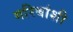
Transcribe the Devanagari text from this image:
गरिबांशी